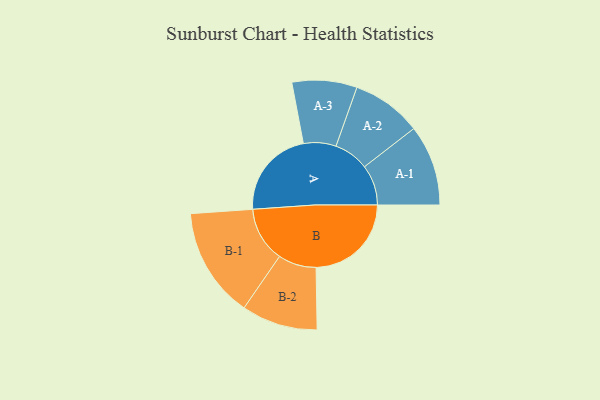
{"axis": {"x": "Segment", "y": "Value"}, "legend": ["", "A", "B"], "data": [{"x": "A", "y": 461, "type": ""}, {"x": "B", "y": 493, "type": ""}, {"x": "A-1", "y": 209, "type": "A"}, {"x": "A-2", "y": 181, "type": "A"}, {"x": "A-3", "y": 168, "type": "A"}, {"x": "B-1", "y": 285, "type": "B"}, {"x": "B-2", "y": 197, "type": "B"}]}